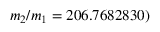
m _ { 2 } / m _ { 1 } = 2 0 6 . 7 6 8 2 8 3 0 )